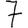
Digit: 7